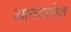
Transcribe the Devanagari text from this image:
आनंदरहित